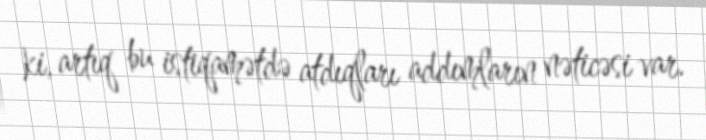
ki, artıq bu istiqamətdə atdıqları addımların nəticəsi var.